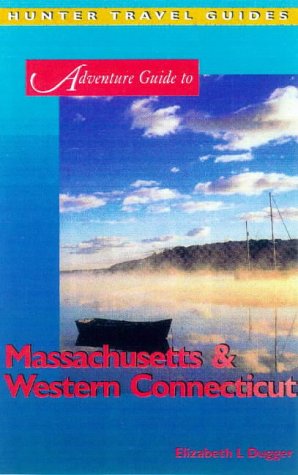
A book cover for Adventure Guide to Massachusetts & Western Connecticut; Elizabeth L. Dugger; Travel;